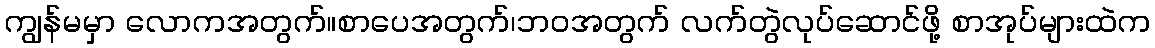
ကျွန်မမှာ လောကအတွက်။စာပေအတွက်၊ဘဝအတွက် လက်တွဲလုပ်ဆောင်ဖို့ စာအုပ်များထဲက